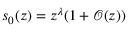
s _ { 0 } ( z ) = z ^ { \lambda } ( 1 + { \mathcal { O } } ( z ) )